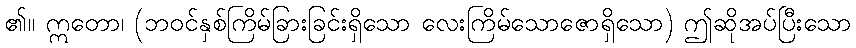
၏။ ဣတော၊ (ဘဝင်နှစ်ကြိမ်ခြားခြင်းရှိသော လေးကြိမ်သောဇောရှိသော) ဤဆိုအပ်ပြီးသော